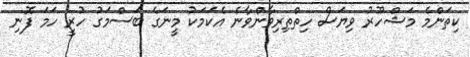
ކިތަންމެ މަޝްހޫރު ވިޔަސް ހިތްތިރިވާންވާނެ އެކަމަކު މީނަގެ ބަސްމަގު ހުރީ ހަމަ ފޮނި